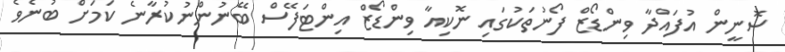
ސޮނީން އުފައްދާ ވިންޑޯޒް ފޯނުތަކުގައި ނޮކިއާ ވިންޑޯޒް އިންޓަފޭސް ބޭނުންނުކުރާނެ ކަމަށް ބުނެވެ